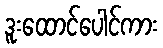
ဒူးထောင်ပေါင်ကား